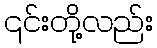
၎င်းတို့လည်း